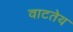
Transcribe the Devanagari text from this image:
वाटतेय